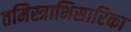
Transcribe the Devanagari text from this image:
तमिस्त्राभिसारिका